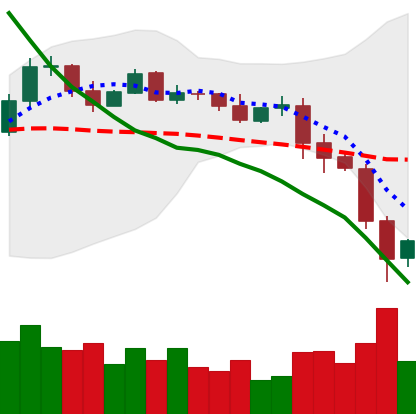
Ticker: EOS-USD
Chart end date: 2019-11-23
Forward return: -3.242%
Label: down_3_5